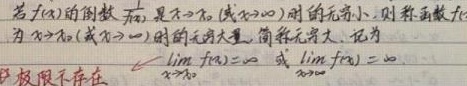
若\(f(x)\)的倒数\(\frac{1}{f(x)}\)是\(x\to x_{0}\)（或\(x\to \infty\)）时的无穷小，则称函数\(f(x)\)为\(x\to x_{0}\)（或\(x\to \infty\)）时的无穷大量，简称无穷大，记为（极限不存在）\(\lim\limits_{x \to x_{0}} f(x)=\infty\)或\(\lim\limits_{x \to \infty} f(x)=\infty\)。